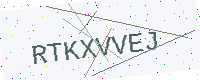
Text: RTKXVVEJ